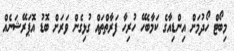
މިބޯޓް ހޯދުމަށް އިންޑިއާގެ ކަމާބެހޭ ހުރިހާ ފަރާތްތައް ގުޅިގެން ވަރަށް ބޮޑު އޮޕަރޭޝަނެއް